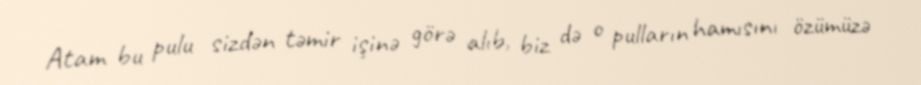
Atam bu pulu sizdən təmir işinə görə alıb, biz də o pulların hamısını özümüzə